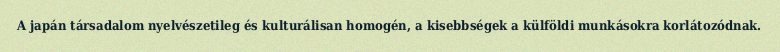
A japán társadalom nyelvészetileg és kulturálisan homogén, a kisebbségek a külföldi munkásokra korlátozódnak.